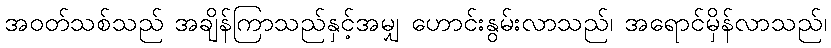
အဝတ်သစ်သည် အချိန်ကြာသည်နှင့်အမျှ ဟောင်းနွမ်းလာသည်၊ အရောင်မှိန်လာသည်၊